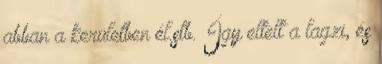
abban a kerületben él.stb. Így eltelt a lagzi, és